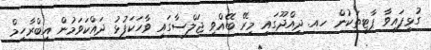
ގުޅިފައިވާ ޕާޓީތަކުން ހއ. ދިއްދޫގައި މިރޭ ބޭއްވި ޖަލްސާގައި ވާހަކަފުޅު ދައްކަވަމުން އިބްރާހިމް